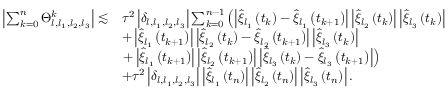
\begin{array} { r l } { \left| \sum _ { k = 0 } ^ { n } \Theta _ { l , l _ { 1 } , l _ { 2 } , l _ { 3 } } ^ { k } \right| \lesssim } & { \tau ^ { 2 } \left| \delta _ { l , l _ { 1 } , l _ { 2 } , l _ { 3 } } \right| \sum _ { k = 0 } ^ { n - 1 } \left( \left| \widehat { \xi } _ { l _ { 1 } } \left( t _ { k } \right) - \widehat { \xi } _ { l _ { 1 } } \left( t _ { k + 1 } \right) \right| \left| \widehat { \xi } _ { l _ { 2 } } \left( t _ { k } \right) \right| \left| \widehat { \xi } _ { l _ { 3 } } \left( t _ { k } \right) \right| \right. } \\ & { + \left| \widehat { \xi } _ { l _ { 1 } } \left( t _ { k + 1 } \right) \right| \left| \widehat { \xi } _ { l _ { 2 } } \left( t _ { k } \right) - \widehat { \xi } _ { l _ { 2 } } \left( t _ { k + 1 } \right) \right| \left| \widehat { \xi } _ { l _ { 3 } } \left( t _ { k } \right) \right| } \\ & { \left. + \left| \widehat { \xi } _ { l _ { 1 } } \left( t _ { k + 1 } \right) \right| \left| \widehat { \xi } _ { l _ { 2 } } \left( t _ { k + 1 } \right) \right| \left| \widehat { \xi } _ { l _ { 3 } } \left( t _ { k } \right) - \widehat { \xi } _ { l _ { 3 } } \left( t _ { k + 1 } \right) \right| \right) } \\ & { + \tau ^ { 2 } \left| \delta _ { l , l _ { 1 } , l _ { 2 } , l _ { 3 } } \right| \left| \widehat { \xi } _ { l _ { 1 } } \left( t _ { n } \right) \right| \left| \widehat { \xi } _ { l _ { 2 } } \left( t _ { n } \right) \right| \left| \widehat { \xi } _ { l _ { 3 } } \left( t _ { n } \right) \right| . } \end{array}